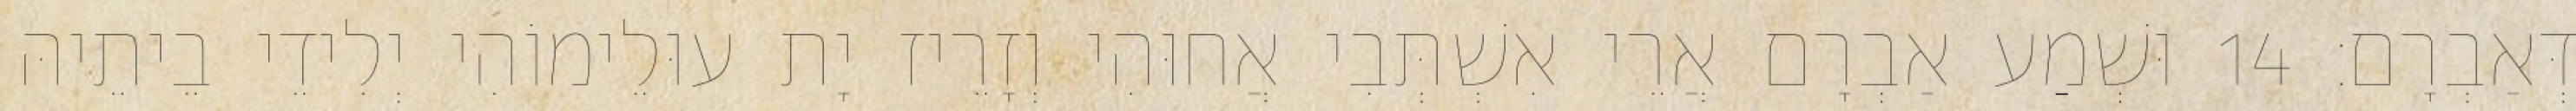
דְּאַבְרָם׃ 14 וּשְׁמַע אַבְרָם אֲרֵי אִשְׁתְּבִי אֲחוּהִי וְזָרֵיז יָת עוּלֵימוֹהִי יְלִידֵי בֵיתֵיהּ